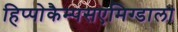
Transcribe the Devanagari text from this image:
हिप्पोकैम्पसएमिग्डाला